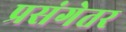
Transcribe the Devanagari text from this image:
प्रसंगेतर